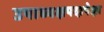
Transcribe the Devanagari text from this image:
उपाध्यक्षपदापेक्षा